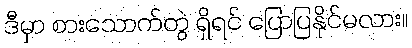
ဒီမှာ စားသောက်တွဲ ရှိရင် ပြောပြနိုင်မလား။